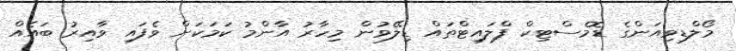
މޯލްޑިވިއަންގެ ޑޮމެސްޓިކް ފްލައިޓްތައް ޑިލޭވުން މިހާރު އާންމު ކަމަކަށް ވެފައި ވާއިރު ބައެއް